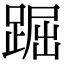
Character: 䠇